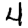
Digit: 4